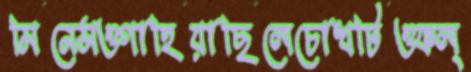
মিনেসওগাহিয়াছিলেচোখটিওফল্